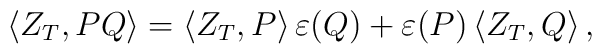
\langle Z_T , PQ \rangle = \langle Z_T , P \rangle \, \varepsilon (Q) + \varepsilon (P) \, \langle Z_T , Q \rangle \, ,